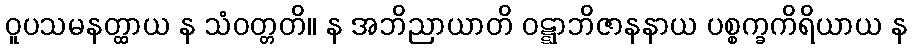
ဝူပသမနတ္ထာယ န သံဝတ္တတိ။ န အဘိညာယာတိ ဝဋ္ဋာဘိဇာနနာယ ပစ္စက္ခကိရိယာယ န